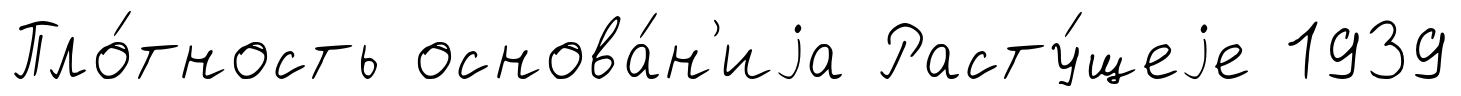
Пло́тность основа́н'иjа Расту́щеjе 1939